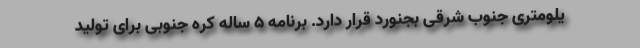
یلومتری جنوب شرقی بجنورد قرار دارد. برنامه 5 ساله کره جنوبی برای تولید